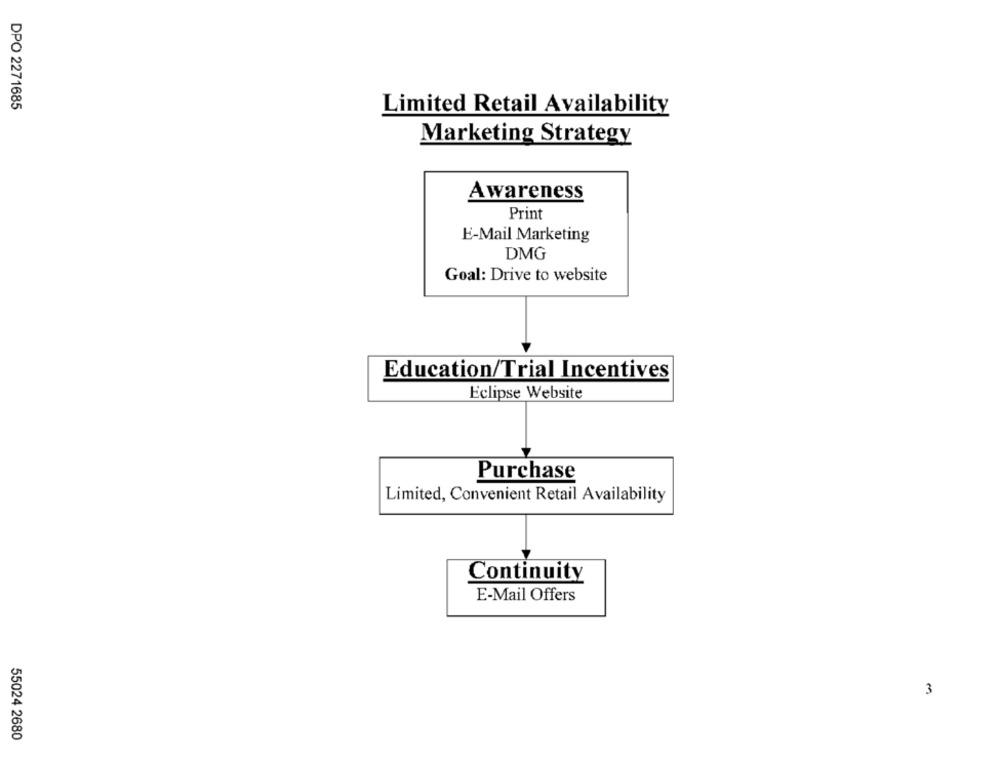
DPO 2271685
Limited Retail Availability
Marketing Strategy
Awareness
Print
E-Mail Marketing
DMG
Goal: Drive to website
Education/Trial Incentives
Eclipse Website
Purchase
Limited, Convenient Retail Availability
Continuity
E-Mail Offers
3
55024 2680